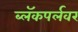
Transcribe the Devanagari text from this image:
ब्लॅकपर्लवर